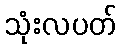
သုံးလပတ်